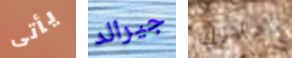
يأتى جيرالد زملائك